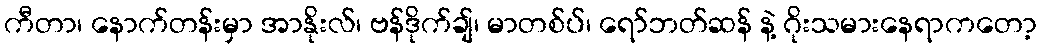
ကီတာ၊ နောက်တန်းမှာ အာနိုးလ်၊ ဗန်ဒိုက်ချ်၊ မာတစ်ပ်၊ ရော်ဘတ်ဆန် နဲ့ ဂိုးသမားနေရာကတော့